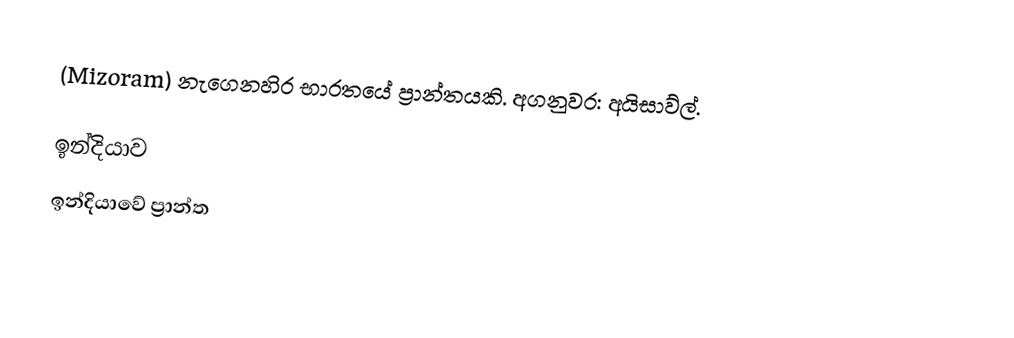
(Mizoram) නැගෙනහිර භාරතයේ ප්‍රාන්තයකි. අගනුවර: අයිසාව්ල්.

ඉන්දියාව
ඉන්දියාවේ ප්‍රාන්ත